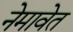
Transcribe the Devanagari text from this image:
नेमावेत